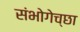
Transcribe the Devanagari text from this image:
संभोगेच्छा